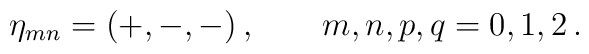
\eta_{mn} = (+,-,-) \,, \qquad m,n,p,q = 0,1,2 \,.